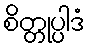
စိတ္တုပ္ပါဒံ